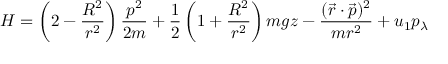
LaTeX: H = \left( 2 - { \frac { R ^ { 2 } } { r ^ { 2 } } } \right) { \frac { p ^ { 2 } } { 2 m } } + { \frac { 1 } { 2 } } \left( 1 + { \frac { R ^ { 2 } } { r ^ { 2 } } } \right) m g z - { \frac { ( { \vec { r } } \cdot { \vec { p } } ) ^ { 2 } } { m r ^ { 2 } } } + u _ { 1 } p _ { \lambda }